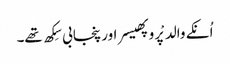
اُنکے والد پْروپھیسر اور پنجابی سِکھ تھے۔